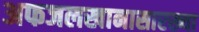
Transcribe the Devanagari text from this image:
अफजलखानासारख्या